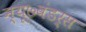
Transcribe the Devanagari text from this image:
न्यू७वंडर्स